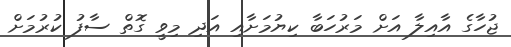
ޖުހާގެ އާއިލާ އަށް މަރުހަބާ ކިޔުމަށާއި އަދި މިވީ ގޮތް ސާފު ކުރުމަށް